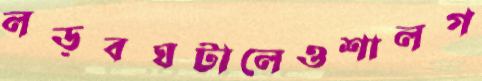
লড়বঘটালেওশালগ